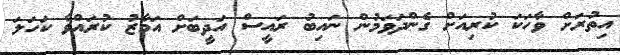
އިތުރަށް ވާހަކަ ކުރިއަށް ގެންދަވަމުން ނައިބު ރައީސް އަދީބަށް އަމާޒު ކުރައްވާ ކަހަލަ